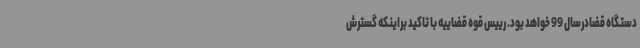
دستگاه قضادرسال 99 خواهد بود. رییس قوه قضاییه با تاکید براینکه گسترش